Vaccine operations Central Provinces & Berar 1922-1929 - 1922-1929
Year: 1922
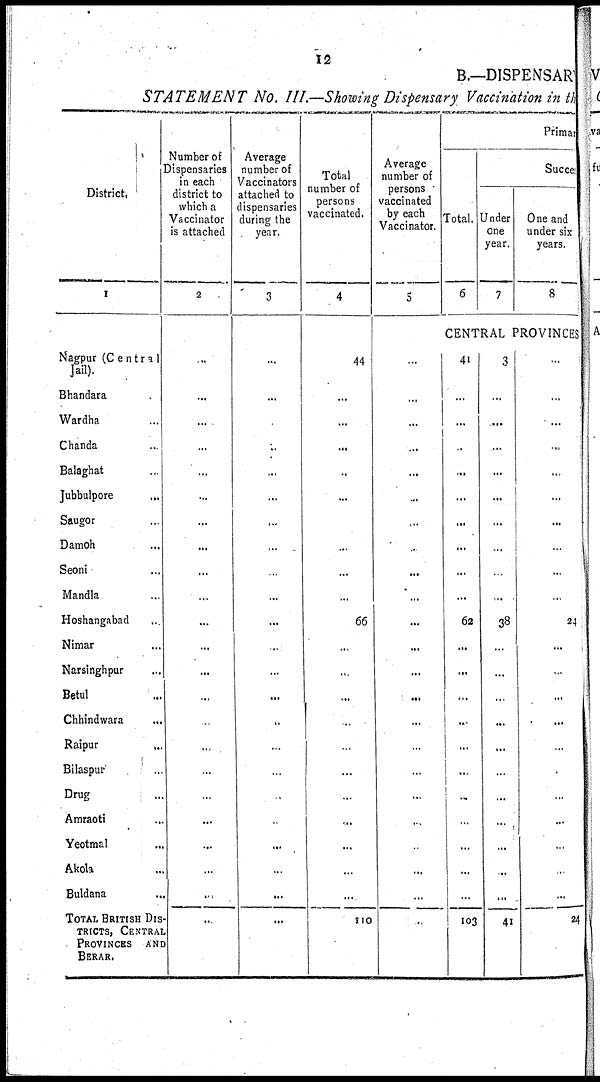
12
B.—DISPENSARY
STATEMENT No. III.—Showing Dispensary Vaccination in the
District.
1
Nagpur (Central¬
Jail).
Bhandara ...
Wardha ...
Chanda ...
Balaghat ...
Jubbulpore ...
Saugor ...
Damoh ...
Seoni ...
Mandla ...
Hoshangabad ...
Nimar ...
Narsinghpur ...
Betul ...
Chhindwara ...
Raipur ...
Bilaspur ...
Drug ...
Amraoti ...
Yeotmal ...
Akola ...
Buldana ...
TOTAL BRITISH DIS¬
TRICTS, CENTRAL
PROVINCES AND
BERAR.
Number of
Dispensaries
in each
district to
which a
Vaccinator
is attached
2
...
...
...
...
...
...
...
...
...
...
...
...
...
...
...
...
...
...
...
...
...
...
...
Average
number of
Vaccinators
attached to
dispensaries
during the
year.
3
...
...
...
...
...
...
...
...
...
...
...
...
...
...
...
...
...
...
...
...
...
...
...
Total
number of
persons
vaccinated.
4
44
...
...
...
...
...
...
...
...
...
66
...
...
...
...
...
...
...
...
...
...
...
110
Average
number of
persons
vaccinated
by each
Vaccinator.
5
...
...
...
...
...
...
...
...
...
...
...
...
...
...
...
...
...
...
...
...
...
...
...
Primary
Total.
6
Succes
Under
one
year.
7
One and
under six
years.
8
CENTRAL PROVINCES
41
...
...
...
...
...
...
...
...
...
62
...
...
...
...
...
...
...
...
...
...
...
103
3
...
...
...
...
...
...
...
...
...
38
...
...
...
...
...
...
...
...
...
...
...
41
...
...
...
...
...
...
...
...
...
...
24
...
...
...
...
..
...
...
...
...
...
...
24